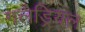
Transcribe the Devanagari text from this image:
गलैड्रियल